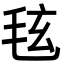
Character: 𪵚